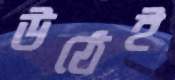
উঠেই